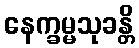
နေက္ခမ္မသုခန္တိ